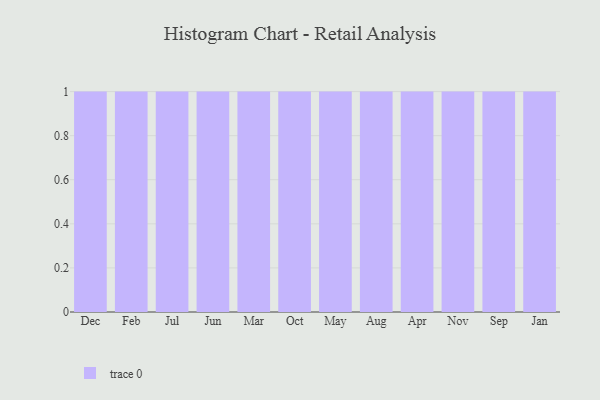
{"axis": {"x": "Month", "y": "Inventory Turnover"}, "legend": [""], "data": [{"x": "Dec", "y": 18, "type": ""}, {"x": "Feb", "y": 11, "type": ""}, {"x": "Jul", "y": 28, "type": ""}, {"x": "Jun", "y": 71, "type": ""}, {"x": "Mar", "y": 78, "type": ""}, {"x": "Oct", "y": 45, "type": ""}, {"x": "May", "y": 68, "type": ""}, {"x": "Aug", "y": 5, "type": ""}, {"x": "Apr", "y": 14, "type": ""}, {"x": "Nov", "y": 71, "type": ""}, {"x": "Sep", "y": 19, "type": ""}, {"x": "Jan", "y": 95, "type": ""}]}